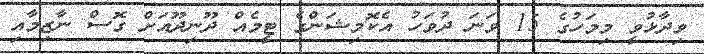
ވިދާޅުވީ މިމަހުގެ 15 ވަނަ ދުވަހު އެކޮމިޝަންގެ ޓީމެއް ދޫނިދޫއަށް ގޮސް ނާޒިމާއި